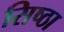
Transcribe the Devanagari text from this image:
सिष्ठा